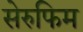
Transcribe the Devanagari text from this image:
सेरुफिम